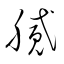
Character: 膩